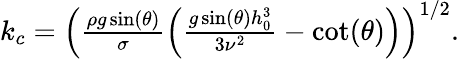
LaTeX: \begin{array}{r}{k_{c}=\left(\frac{\rho g\sin(\theta)}{\sigma}\left(\frac{g\sin(\theta)h_{0}^{3}}{3\nu^{2}}-\cot(\theta)\right)\right)^{1/2}.}\end{array}